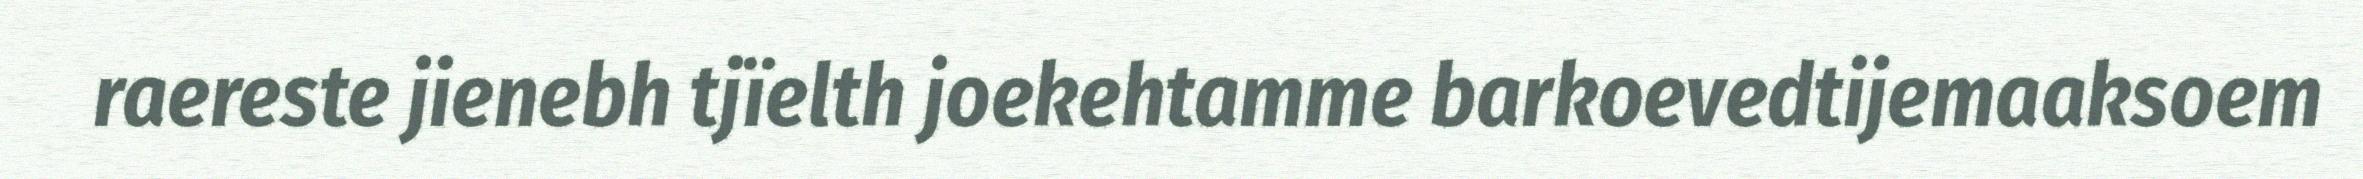
raereste jienebh tjïelth joekehtamme barkoevedtijemaaksoem